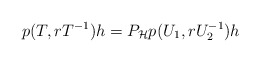
\begin{align*} p(T, rT^{-1})h=P_\mathcal{H}p(U_1, rU_2^{-1})h\end{align*}